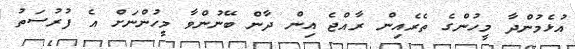
އުޅެމުންދާ މީހުންގެ ތެރެއިން ރާއްޖެ އިން ދާން ބޭނުންވާ މީހުންނަށް އެ ފުރުސަތު